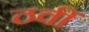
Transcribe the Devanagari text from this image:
ठवीं